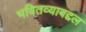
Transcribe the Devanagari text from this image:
भवितव्याबद्दल